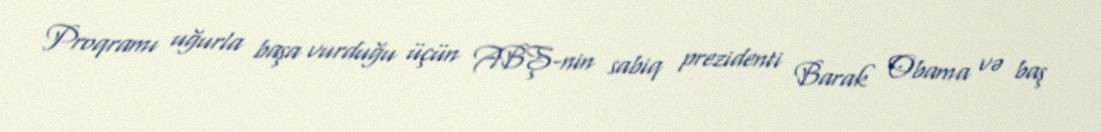
Proqramı uğurla başa vurduğu üçün ABŞ-nin sabiq prezidenti Barak Obama və baş